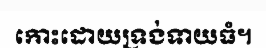
កោះដោយទ្រង់ទាយធំ។